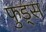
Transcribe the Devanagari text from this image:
फुड्स